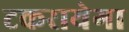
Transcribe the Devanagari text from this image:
टकरायेगा